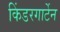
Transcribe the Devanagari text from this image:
किंडरगार्टेन